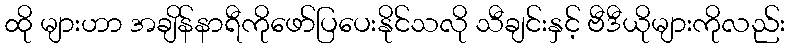
ထို များဟာ အချိန်နာရီကိုဖော်ပြပေးနိုင်သလို သီချင်းနှင့် ဗီဒီယိုများကိုလည်း